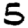
Digit: 5